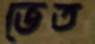
ভেত